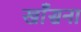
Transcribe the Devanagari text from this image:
खाँसना